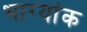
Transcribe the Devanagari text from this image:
भाग्यांक